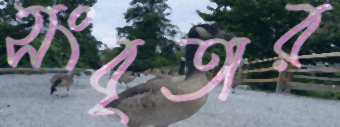
সংবৃতার